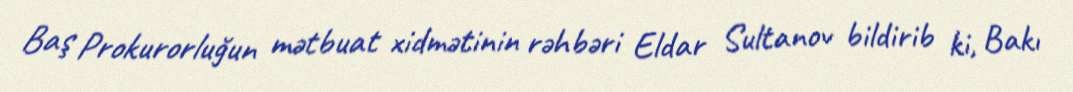
Baş Prokurorluğun mətbuat xidmətinin rəhbəri Eldar Sultanov bildirib ki, Bakı